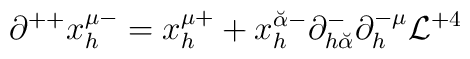
\partial^{++} x^{\mu -}_h = x^{\mu +}_h + x_h^{{\breve\alpha} -}       \partial^-_{h {\breve\alpha}} \partial^{-\mu}_h {\cal L}^{+4}